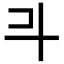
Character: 𣁬